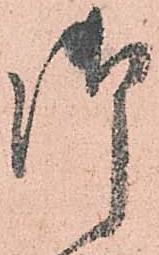
御